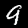
Digit: 9